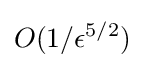
O(1/\epsilon ^{5/2})